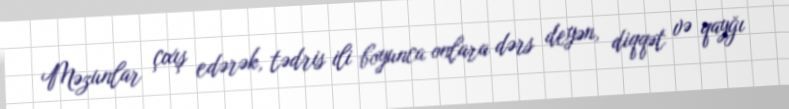
Məzunlar çıxış edərək, tədris ili boyunca onlara dərs deyən, diqqət və qayğı